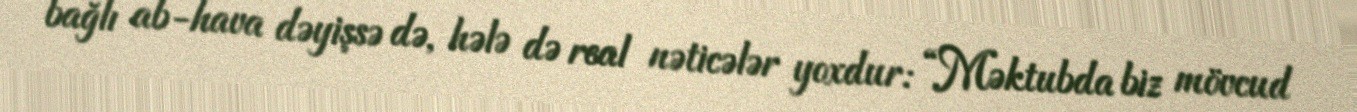
bağlı ab-hava dəyişsə də, hələ də real nəticələr yoxdur: “Məktubda biz mövcud